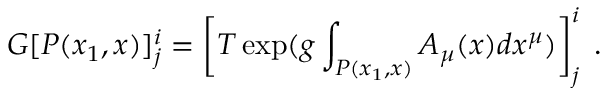
G [ P ( x _ { 1 } , x ) ] _ { j } ^ { i } = \left[ T \exp ( g \int _ { P ( x _ { 1 } , x ) } A _ { \mu } ( x ) d x ^ { \mu } ) \right] _ { j } ^ { i } \; .